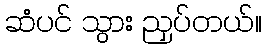
ဆံပင် သွား ညှပ်တယ်။